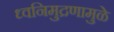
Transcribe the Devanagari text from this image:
ध्वनिमुद्रणामुळे